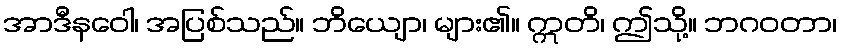
အာဒီနဝေါ၊ အပြစ်သည်။ ဘိယျော၊ များ၏။ ဣတိ၊ ဤသို့။ ဘဂဝတာ၊